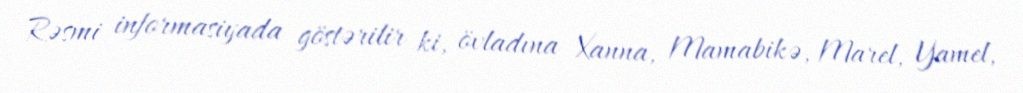
Rəsmi informasiyada göstərilir ki, övladına Xanna, Mamabikə, Marel, Yamel,